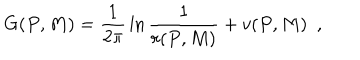
LaTeX: G ( P , M ) = { \frac { 1 } { 2 \pi } } \ln { \frac { 1 } { r ( P , M ) } } + v ( P , M ) ~ ~ ,